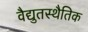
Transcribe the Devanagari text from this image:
वैद्युतस्थैतिक